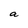
Character: a